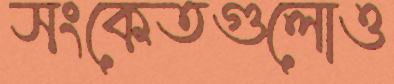
সংকেতগুলোও